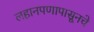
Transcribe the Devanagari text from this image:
लहानपणापासूनचे